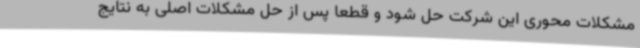
مشکلات محوری این شرکت حل شود و قطعا پس از حل مشکلات اصلی به نتایج